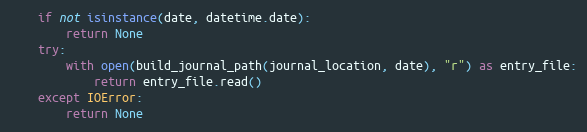
Language: Python
    if not isinstance(date, datetime.date):
        return None
    try:
        with open(build_journal_path(journal_location, date), "r") as entry_file:
            return entry_file.read()
    except IOError:
        return None